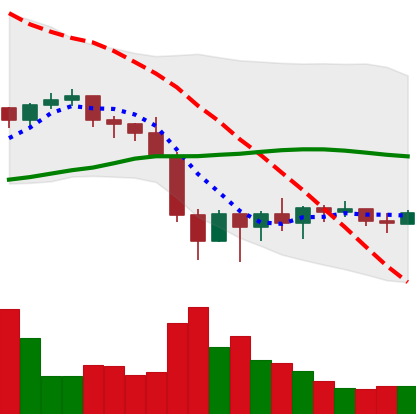
Ticker: BNB-USD
Chart end date: 2022-02-01
Forward return: 8.842%
Label: up_7plus